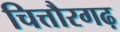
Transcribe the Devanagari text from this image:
चित्तौरगढ़